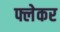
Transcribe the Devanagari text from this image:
फ्लेकर